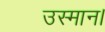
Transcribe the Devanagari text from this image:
उस्मान।